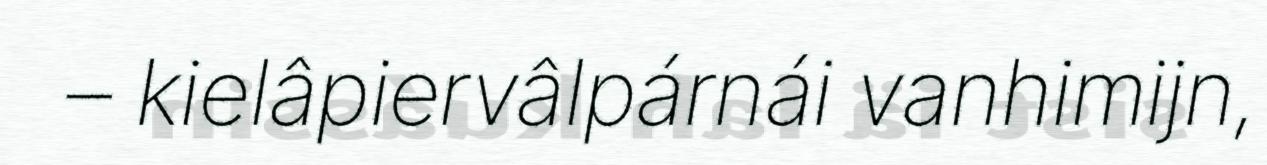
– kielâpiervâlpárnái vanhimijn,